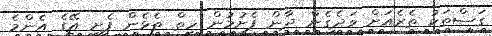
ގަސްތަކު ތެރެއަށް ވަދެގެން ދާން ފެށުމުން ހިތް ތެޅެން ފެށީ އޭގެ އެންމެ